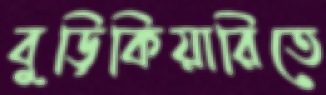
বুড়িকিয়ারিতে